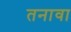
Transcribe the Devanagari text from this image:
तनावा